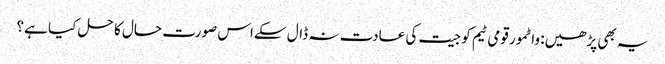
یہ بھی پڑھیں: واٹمور قومی ٹیم کو جیت کی عادت نہ ڈال سکےاس صورت حال کا حل کیا ہے؟